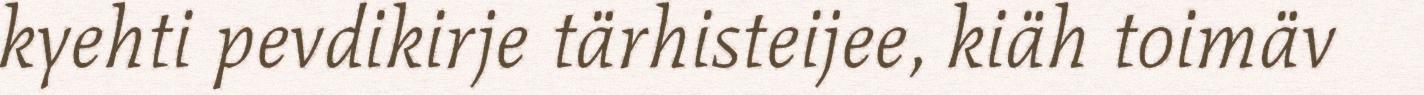
kyehti pevdikirje tärhisteijee, kiäh toimäv